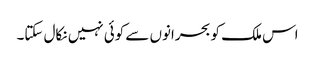
اس ملک کو بحرانوں سے کوئی نہیں نکال سکتا۔